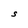
Character: S